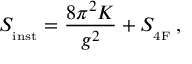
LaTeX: S _ { _ { \mathrm { i n s t } } } = \frac { 8 \pi ^ { 2 } K } { g ^ { 2 } } + S _ { _ { \mathrm { 4 F } } } \, ,